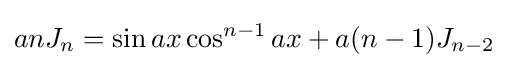
anJ_{n}=\sin {ax}\cos ^{n-1}{ax}+a(n-1)J_{n-2}\,\!